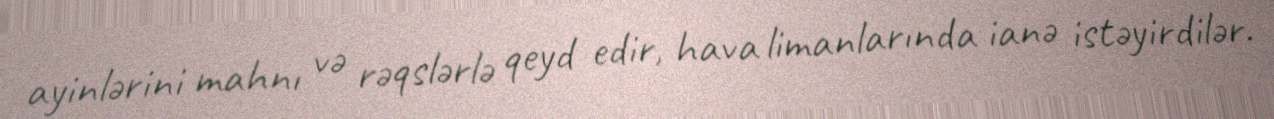
ayinlərini mahnı və rəqslərlə qeyd edir, hava limanlarında ianə istəyirdilər.